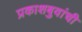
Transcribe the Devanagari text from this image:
प्रकाशबुवांची